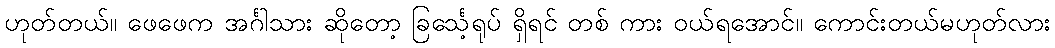
ဟုတ်တယ်။ ဖေဖေက အင်္ဂါသား ဆိုတော့ ခြင်္သေ့ရုပ် ရှိရင် တစ် ကား ဝယ်ရအောင်။ ကောင်းတယ်မဟုတ်လား